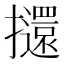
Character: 𭣌